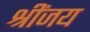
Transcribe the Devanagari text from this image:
श्रींजय